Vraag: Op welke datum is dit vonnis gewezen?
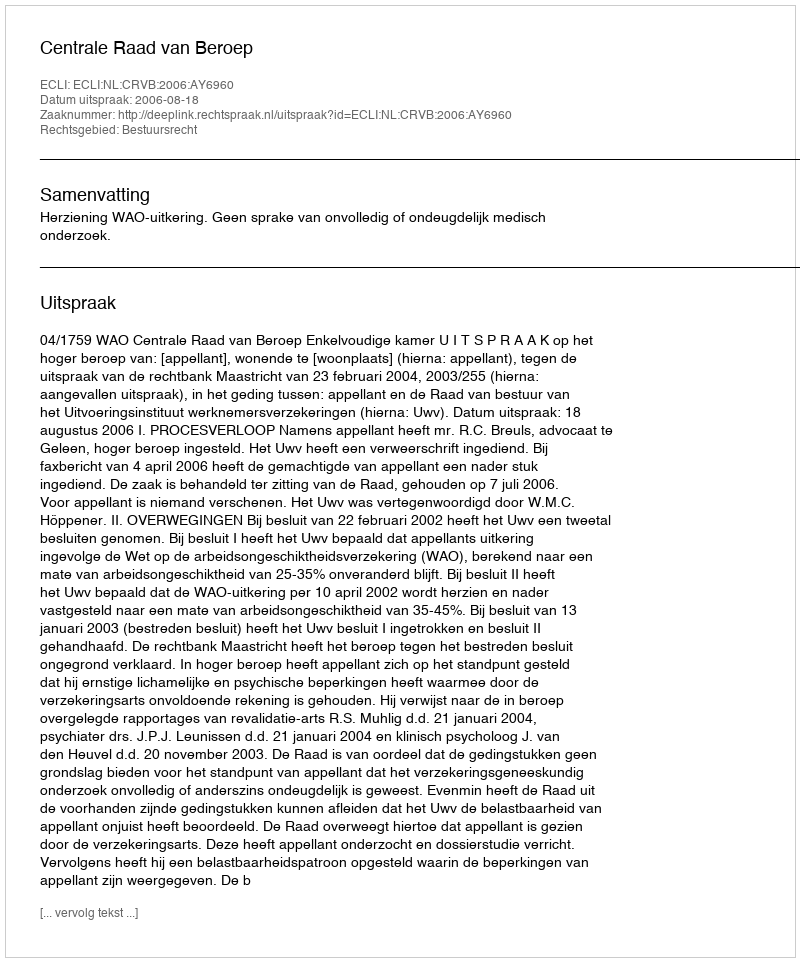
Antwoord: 2006-08-18